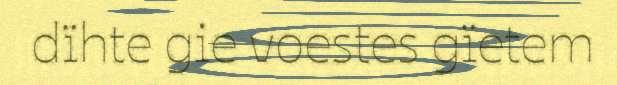
dïhte gie voestes gïetem